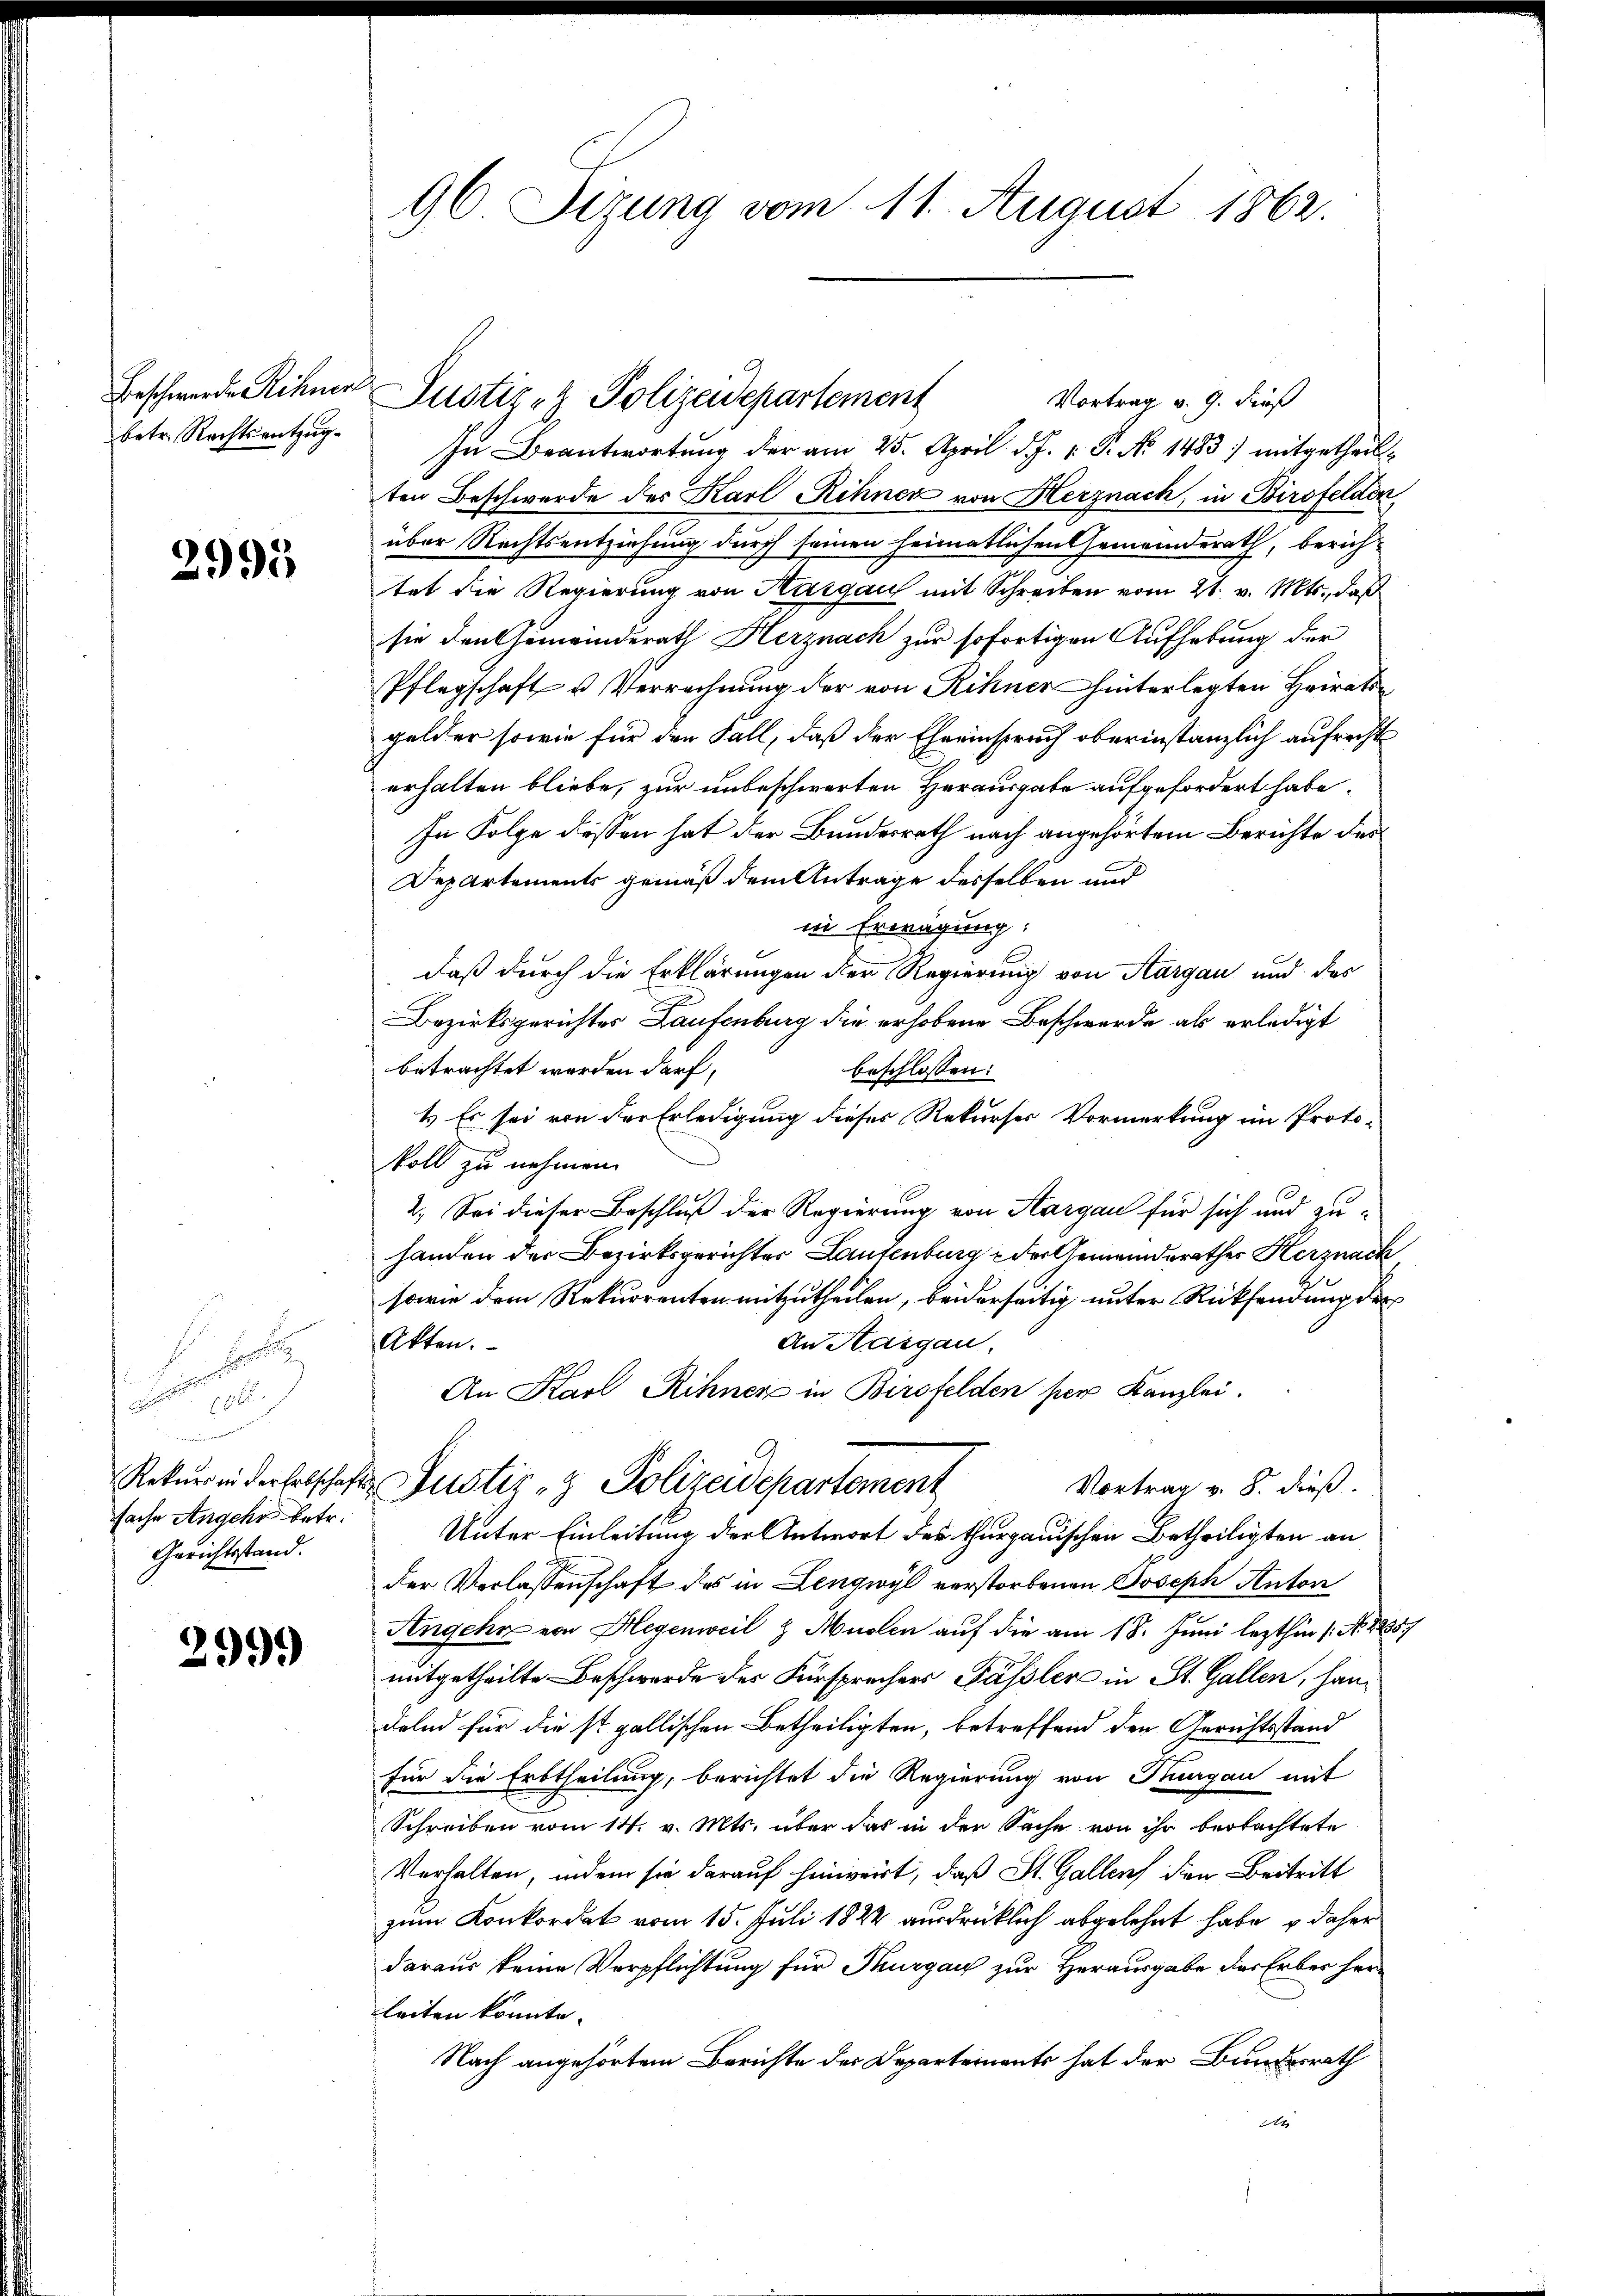
betr. Rechtsentzug

2995

e
106

fache Angehe betr.
Gerichtsstand.

2999

Vortrag v. 9. Finß
In Beantwortung der am 25. April d. J. v. P. No 1483) mitgetheilten Beschwerde des Karl Rihnen von Herznach, in Birsfelden
über Rechtsentziehung durch seinen heimatlichen Gemeinderath, berichtet die Regierung von Hargau mit Schreiben vom 21. v. Mts., daß
sie den Gemeinderath Herznach zur sofortigen Aufhebung der
Pflegschaft u. Verrechnung der von Rinner hinterlegten Heirat
gelder sowie für den Fall, daß der Eheeinspruch oberinstanzlich aufrecht
erhalten bliebe, zur unbeschwerten Herausgabe aufgefordert habe.
In Folge dessen hat der Bundesrath nach angehörtem Berichte des
Departements gemäß dem Antrage desselben und
in Erwägung:
daß durch die Erklärungen der Regierung von Aargau und des
Bezirksgerichtes Laufenburg die erhobene Beschwerde als erledigt
betrachtet werden darf,
beschlossen:
1) Es sei von der Erledigung dieses Rekurses Vormerkung im Proto-
koll zu nehmen.
2. Sei dieser Beschluß der Regierung von Aargau für sich und zu-
handen der Bezirksgerichter Lautenburg der Gemeinderathes Herznack
sowie dem Rekurrenten mitzutheilen, beiderseitig unter Rücksendung der
Akten.
An Aargau,
An Karl Rihnen in Birsfelden per Kanzlei.
Rekurs in der Erbschafts Justiz- & Polizeidepartement
Vortrag v. 8. dieß.
Unter Einleitung der Antwort der thurgauischen Betheiligten an
der Verlassenschaft des in Lengwyl verstorbenen Joseph Anton
Angehn von Hegenweil & Muolen auf die am 18. Juni lezthin /: No 825.
mitgetheilte Beschwerde des Fürsprechers Passler in St. Gallen, handeln für die st. gallischen Betheiligten, betreffend den Gerichtsstand
für die Erbtheilung, berichtet die Regierung von Thurgau mit
Schreiben vom 14. v. Mts. über das in der Sache von ihr beobachtete
Verhalten, indem sie darauf hinweit, daß St. Gallen den Beitritt
zum Konkordat vom 15. Juli 1822 ausdrücklich abgelehnt habe, u daher
daraus keine Verpflichtung für Thurgau zur Herausgabe des Erbes her-
leiten könnte.
Nach angehörtem Berichte des Departements hat der Bundesrath
A

96 Sezung vom 11. August 1862.

Beschwerde Rinner Justiz- & Polizeidepartement